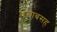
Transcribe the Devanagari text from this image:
पंजाबसह